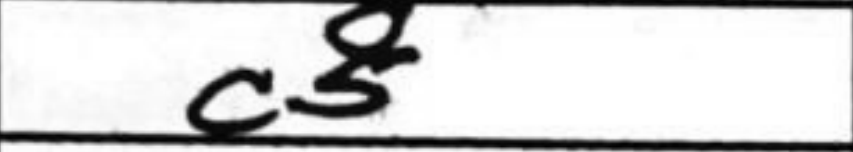
Transcription: c5